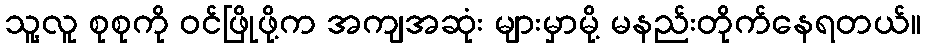
သူ့လူ စုစုကို ဝင်ဖြိုဖို့က အကျအဆုံး များမှာမို့ မနည်းတိုက်နေရတယ်။